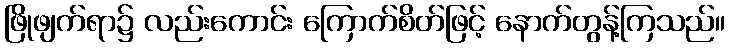
ဖြိုဖျက်ရာ၌ လည်းကောင်း ကြောက်စိတ်ဖြင့် နောက်တွန့်ကြသည်။